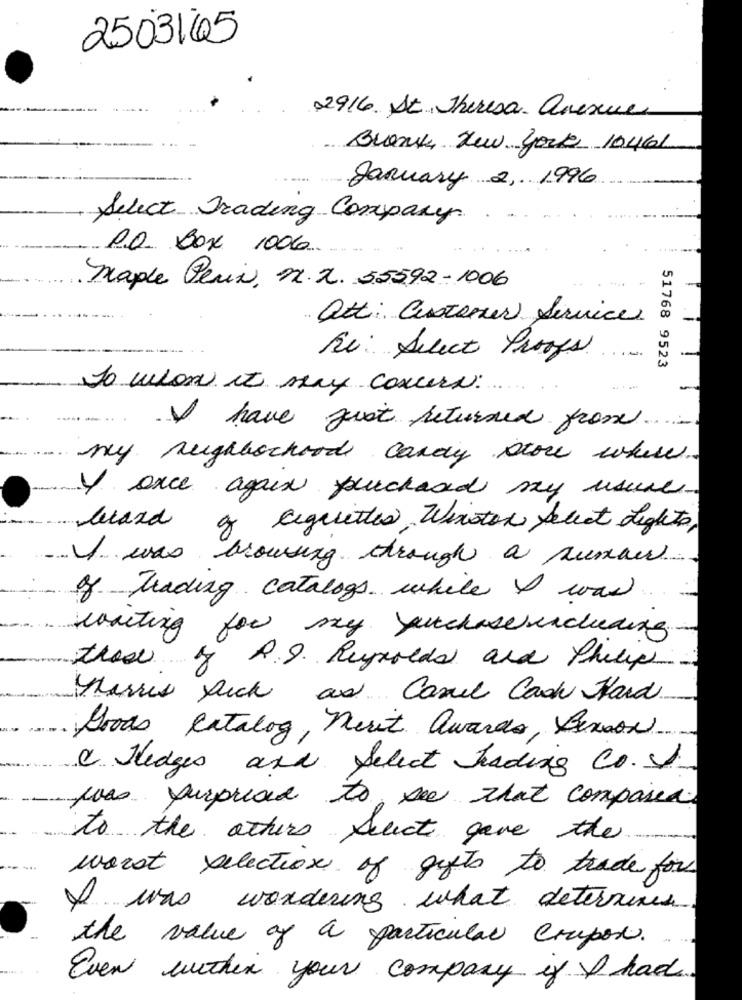
2503165
2916. St. Theresa anexue
Bronk, New york 10461
January 2, 1996
Select Trading Company
PO Box 1006.
maple Perix, m.x. 55592-1006
att: Customer Service
Re: Select Proofs
51768 9523
To whom it may concern.
V have just returned from ...
my neighborhood candy store where.
Y once again purchased may usure
lucaxd
og eeguettes, Winston Select Lights,
I was browsing through a sumaw.
of trading catalogs while I was
waiting for my yurchasesincluding.
these
R.J. Reynolds and Philip
Harris Rick
as Canel Cash Ward
goods Catalog, neut awards, Benson.
& Hedges and Select Trading Co.I
was surprised to see that compared.
to the others Select gave the
worst selection of gifts to trade for
I was wondering what determines
the value of a particular Coupon.
Even within your company if I had